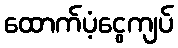
ထောက်ပံ့ငွေကျပ်